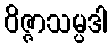
ဝိဇ္ဇာသမ္ပဒါ